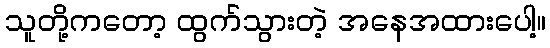
သူတို့ကတော့ ထွက်သွားတဲ့ အနေအထားပေါ့။